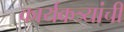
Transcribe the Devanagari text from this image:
कार्यकत्र्यांची